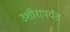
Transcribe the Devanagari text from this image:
उशीरापर्यंत